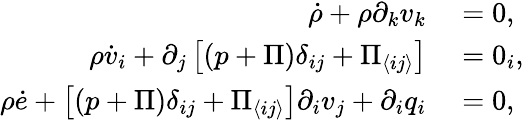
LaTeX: \begin{array}{rl}{\dot{\rho}+\rho\partial_{k}v_{k}}&{{}=0,}\\ {\rho\dot{v}_{i}+\partial_{j}\left[(p+\Pi)\delta_{ij}+\Pi_{\langle ij\rangle}\right]}&{{}=0_{i},}\\ {\rho\dot{e}+\left[(p+\Pi)\delta_{ij}+\Pi_{\langle ij\rangle}\right]\partial_{i}v_{j}+\partial_{i}q_{i}}&{{}=0,}\end{array}